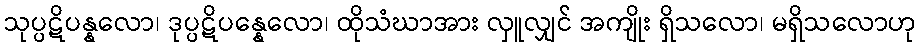
သုပ္ပဋိပန္နလော၊ ဒုပ္ပဋိပန္နေလော၊ ထိုသံဃာအား လှူလျှင် အကျိုး ရှိသလော၊ မရှိသလောဟု